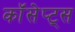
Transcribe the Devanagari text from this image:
कॉंसेप्ट्स